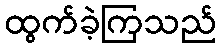
ထွက်ခဲ့ကြသည်